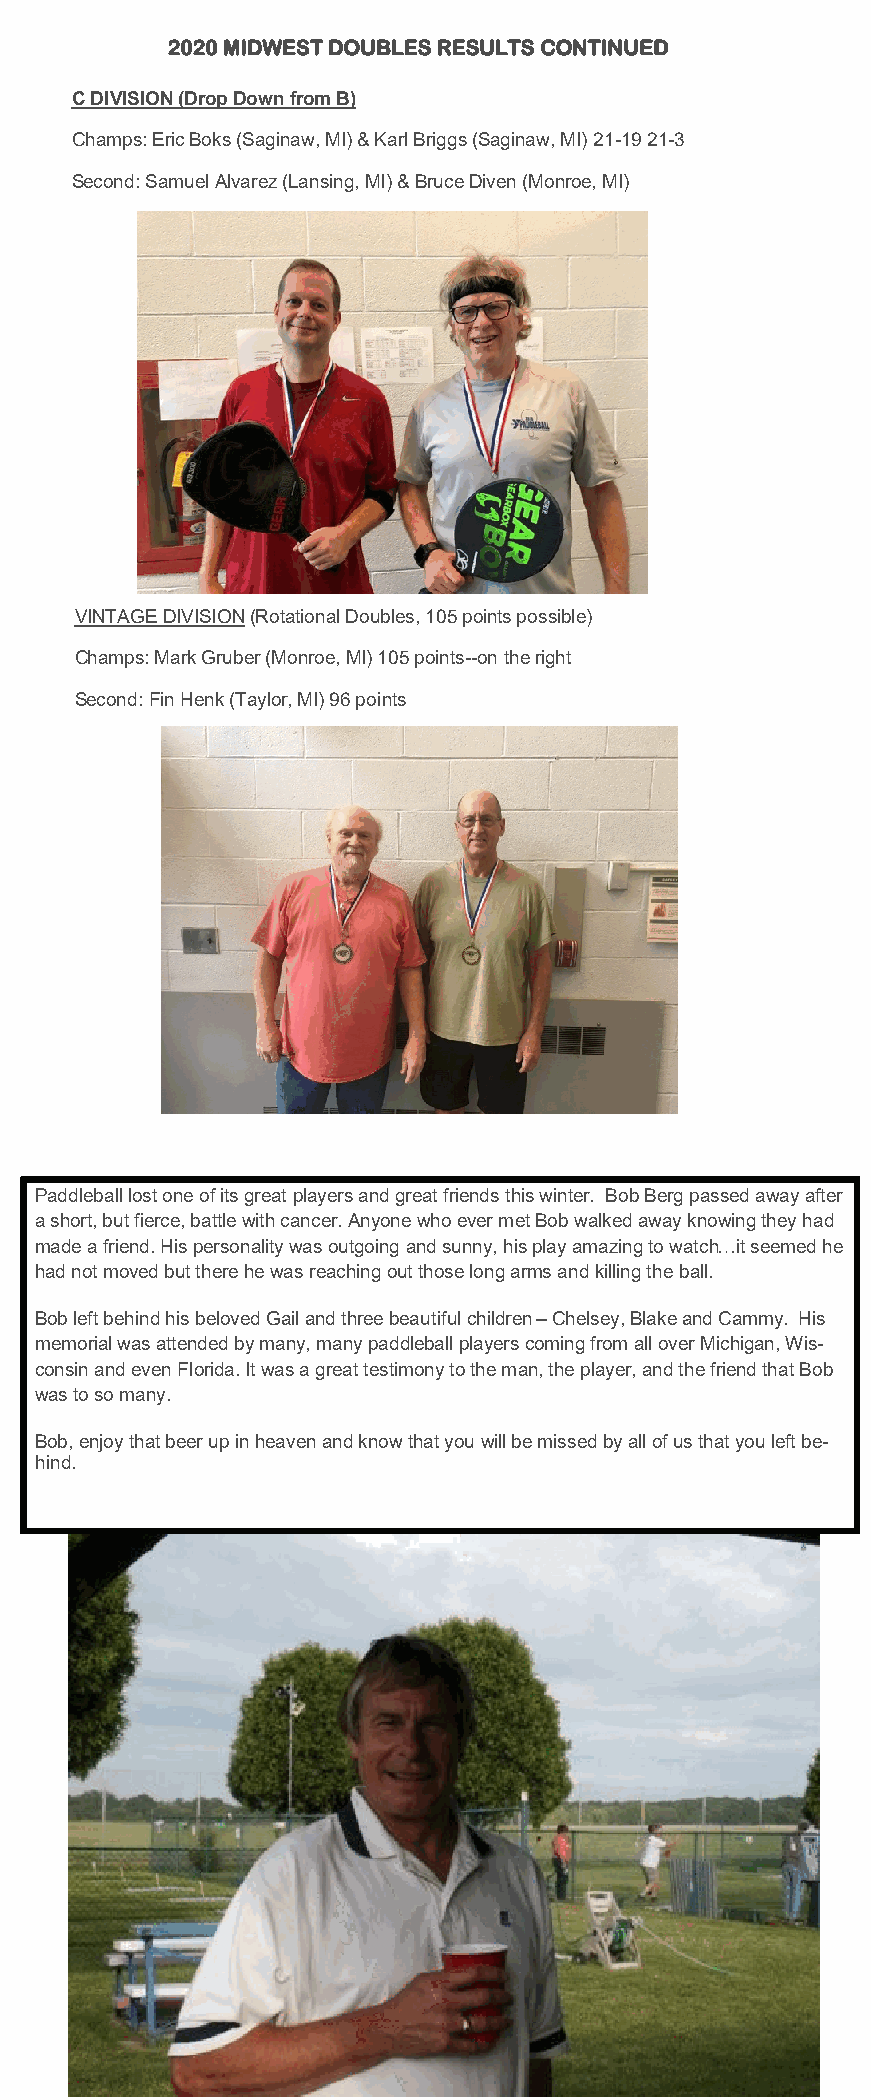
2020 MIDWEST DOUBLES RESULTS CONTINUED
 C DIVISION (Drop Down from B)
 Champs: Eric Boks (Saginaw, MI) & Karl Briggs (Saginaw, MI) 21-19 21-3
 Second: Samuel Alvarez (Lansing, MI) & Bruce Diven (Monroe, MI)
 VINTAGE DIVISION (Rotational Doubles, 105 points possible)
 Champs: Mark Gruber (Monroe, MI) 105 points--on the right
 Second: Fin Henk (Taylor, MI) 96 points
 Paddleball lost one of its great players and great friends this winter. Bob Berg passed away after
 a short, but fierce, battle with cancer. Anyone who ever met Bob walked away knowing they had
 made a friend. His personality was outgoing and sunny, his play amazing to watch…it seemed he
 had not moved but there he was reaching out those long arms and killing the ball.
 Bob left behind his beloved Gail and three beautiful children – Chelsey, Blake and Cammy. His
 memorial was attended by many, many paddleball players coming from all over Michigan, Wis-
 consin and even Florida. It was a great testimony to the man, the player, and the friend that Bob
 was to so many.
 Bob, enjoy that beer up in heaven and know that you will be missed by all of us that you left be-
 hind.